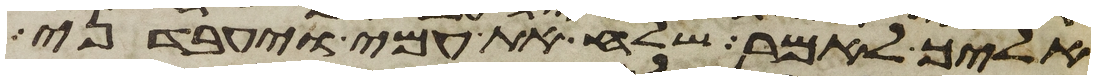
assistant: אליך לאמר שלח את עמי ויעבדני